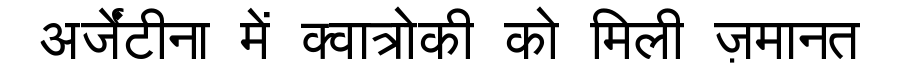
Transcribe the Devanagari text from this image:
अर्जेंटीना में क्वात्रोकी को मिली ज़मानत